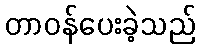
တာဝန်ပေးခဲ့သည်